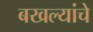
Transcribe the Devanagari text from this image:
बखल्यांचे